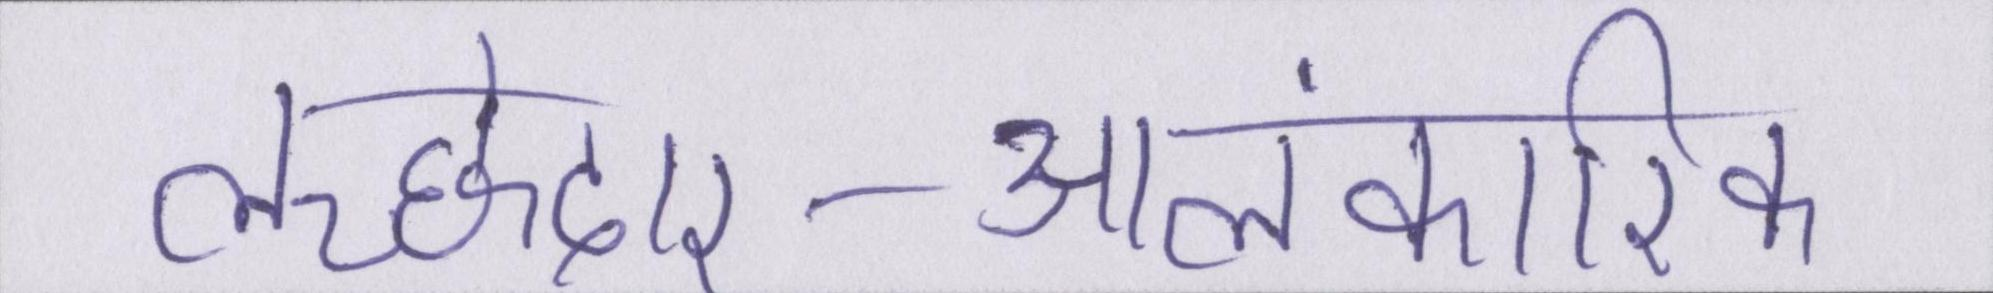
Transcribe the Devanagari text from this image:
लच्छेदार-आलंकारिक